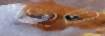
তেঁএ